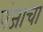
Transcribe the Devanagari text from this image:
पंजाचा